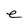
Character: e